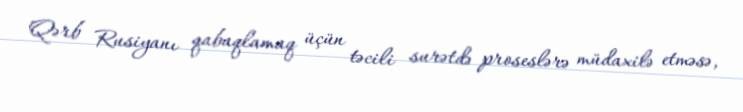
Qərb Rusiyanı qabaqlamaq üçün təcili surətdə proseslərə müdaxilə etməsə,